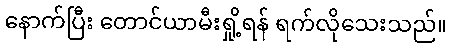
နောက်ပြီး တောင်ယာမီးရှို့ရန် ရက်လိုသေးသည်။